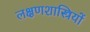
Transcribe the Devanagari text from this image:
लक्षणशास्त्रियों